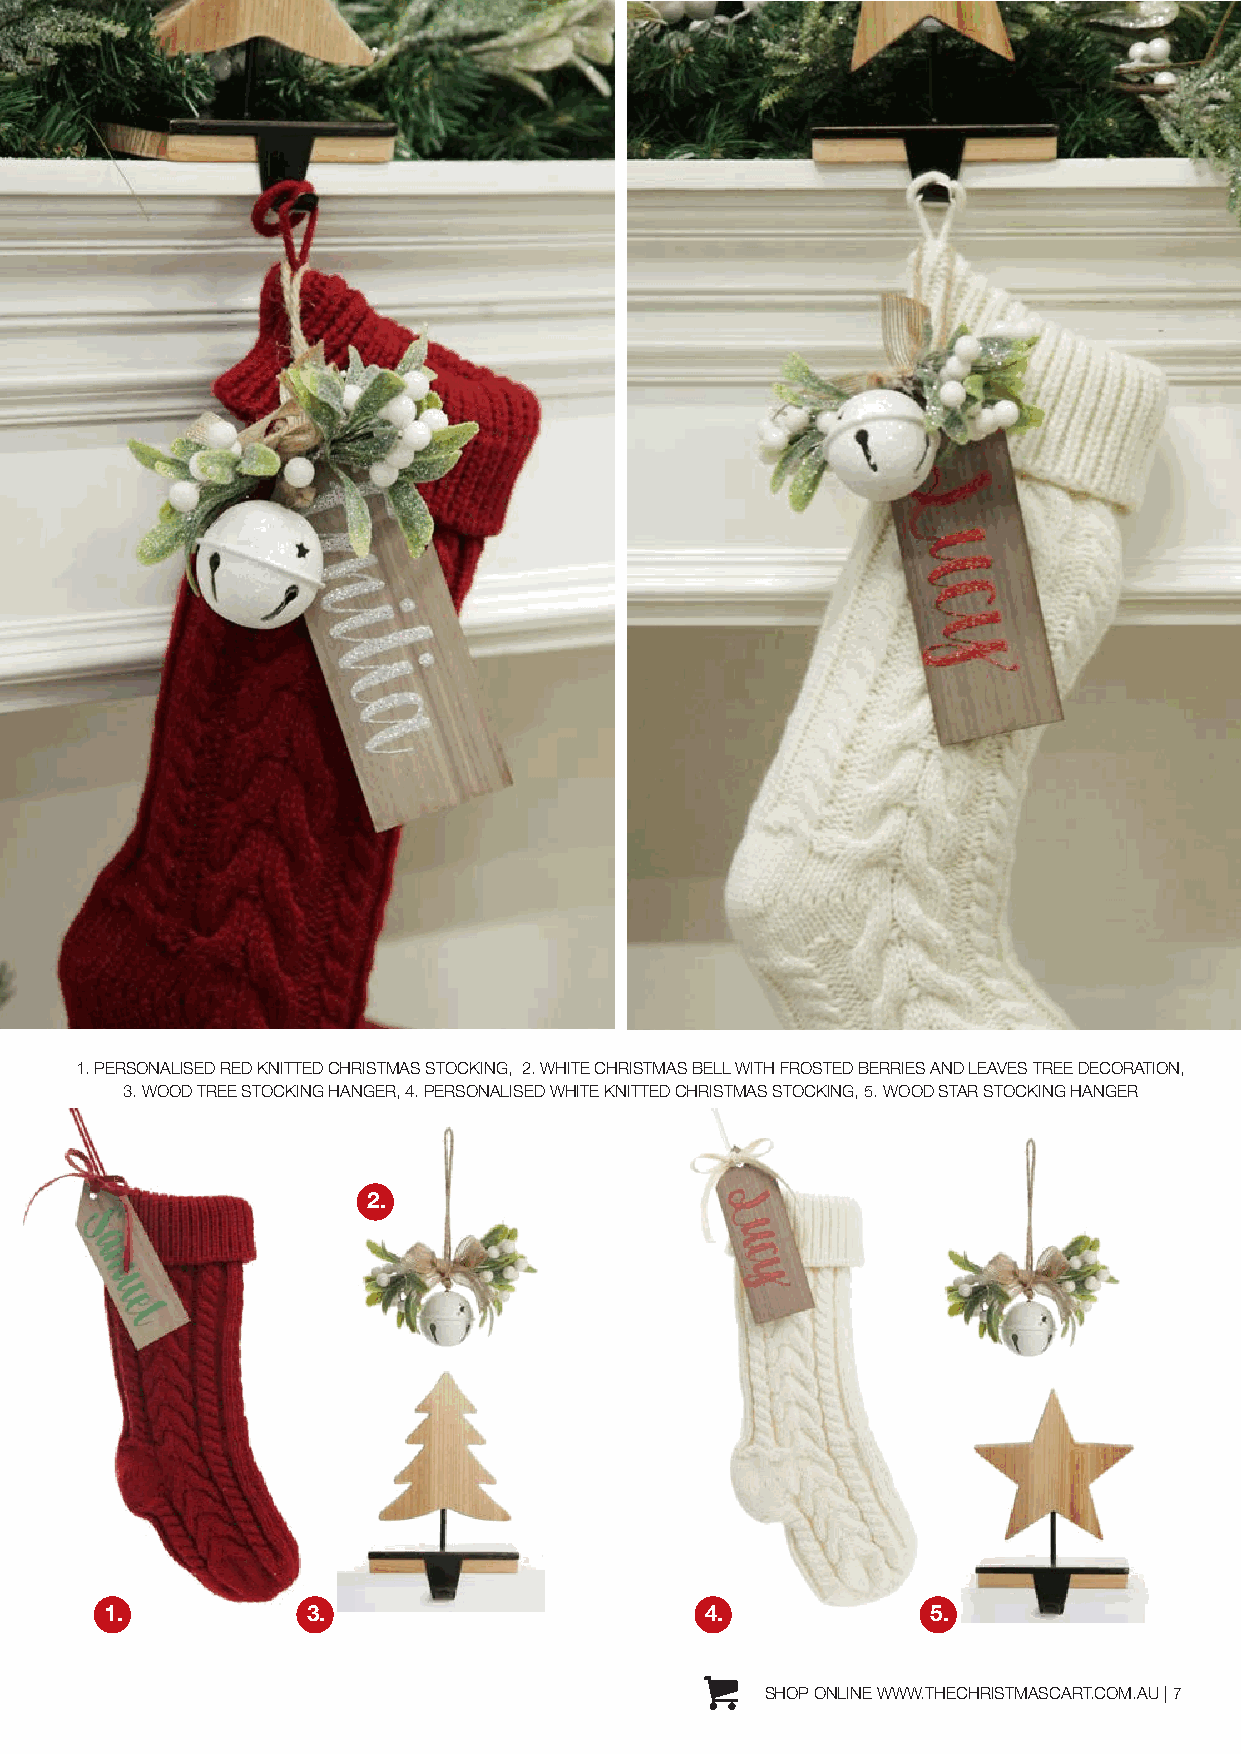
1. PERSONALISED RED KNITTED CHRISTMAS STOCKING, 2. WHITE CHRISTMAS BELL WITH FROSTED BERRIES AND LEAVES TREE DECORATION,
 3. WOOD TREE STOCKING HANGER, 4. PERSONALISED WHITE KNITTED CHRISTMAS STOCKING, 5. WOOD STAR STOCKING HANGER
 2.
 1.           3.                         4.             5.
 SHOP ONLINE WWW.THECHRISTMASCART.COM.AU | 7